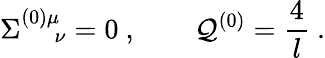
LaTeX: \Sigma_{\quad\ \nu}^{(0)\mu}=0\ ,\qquad\mathcal{Q}^{(0)}={\frac{{4}}{{l}}}\ .